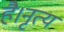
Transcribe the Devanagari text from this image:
है।नृत्य